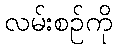
လမ်းစဉ်ကို